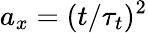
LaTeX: a_{x}=(t/\tau_{t})^{2}